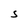
Character: S